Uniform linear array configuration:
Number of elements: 12
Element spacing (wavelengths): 0.25
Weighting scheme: blackman
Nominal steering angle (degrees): -15
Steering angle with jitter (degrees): -13.413
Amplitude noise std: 0.05
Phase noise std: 0.05

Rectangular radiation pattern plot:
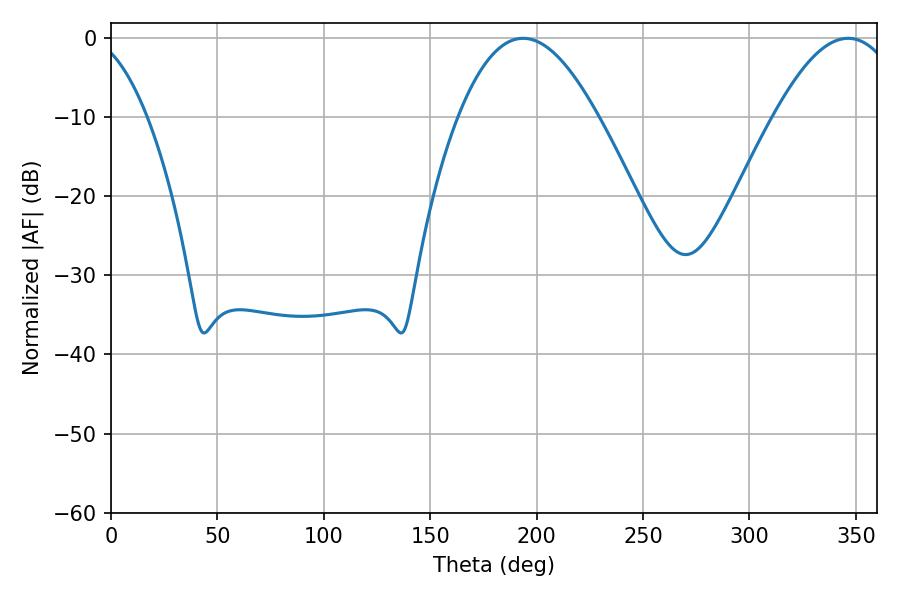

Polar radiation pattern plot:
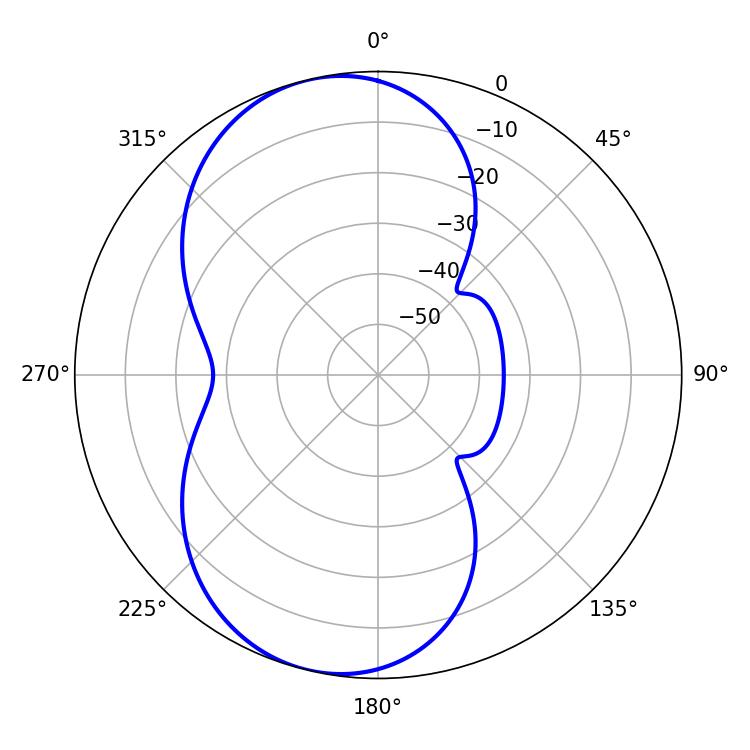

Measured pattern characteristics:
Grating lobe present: FALSE
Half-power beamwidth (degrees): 35.82
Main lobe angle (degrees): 193.68